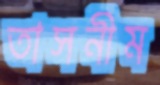
তাসনীম